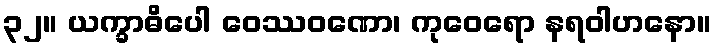
၃၂။ ယက္ခာဓိပေါ ဝေဿဝဏော၊ ကုဝေရော နရဝါဟနော။